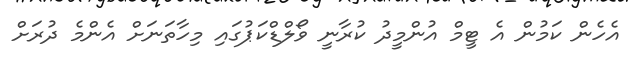
އެހެން ކަމުން އެ ޓީމް އުންމީދު ކުރާނީ ވޯލްޑްކަޕުގައި މިހާތަނަށް އެންމެ ދުރަށް